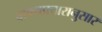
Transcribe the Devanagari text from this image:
वाक्यप्रचारानुसार